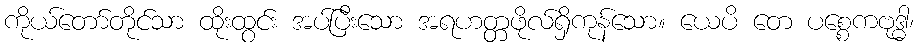
ကိုယ်တော်တိုင်သာ ထိုးထွင်း အပ်ပြီးသော အရဟတ္တဖိုလ်ရှိကုန်သော။ ယေပိ တေ ပစ္စေကဗုဒ္ဓါ၊